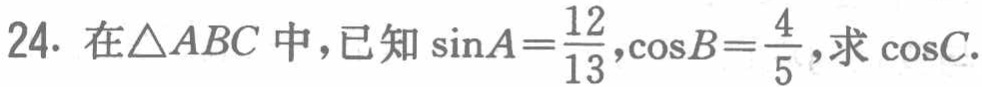
在\(\triangle ABC\)中，已知\(\sin A=\frac{12}{13},\cos B=\frac{4}{5}\)，求\(\cos C\).